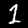
Digit: 1